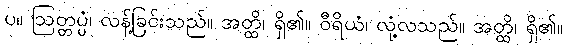
ပ။ ဩတ္တပ္ပံ၊ လန့်ခြင်းသည်။ အတ္ထိ၊ ရှိ၏။ ဝီရိယံ၊ လုံ့လသည်။ အတ္ထိ၊ ရှိ၏။